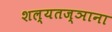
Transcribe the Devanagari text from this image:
शल्यतज्ञाना